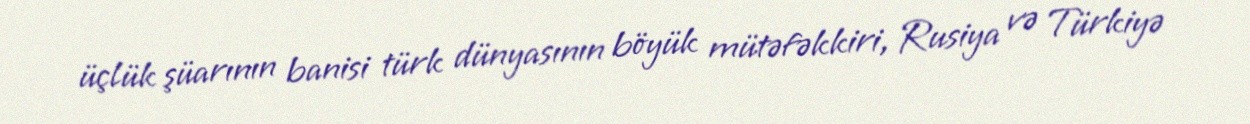
üçlük şüarının banisi türk dünyasının böyük mütəfəkkiri, Rusiya və Türkiyə